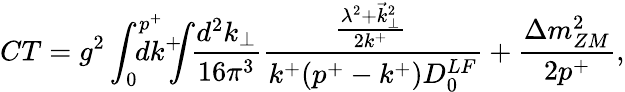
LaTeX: CT=g^{2}\int_{0}^{p^{+}}\! \! \! \! \! \! \! dk^{+}\! \! \! \! \int\! \! \frac{d^{2}k_{\perp}}{16\pi^{3}}\frac{\! \! \frac{\lambda^{2}+{\vec{k}}_{\perp}^{2}}{2k^{+}}\! }{k^{+}(p^{+}-k^{+})D_{0}^{LF}}+\frac{\Delta m_{ZM}^{2}}{2p^{+}},